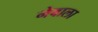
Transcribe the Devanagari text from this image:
नेवाला